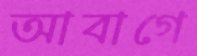
আবাগে